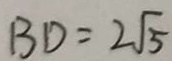
B D = 2 \sqrt { 5 }